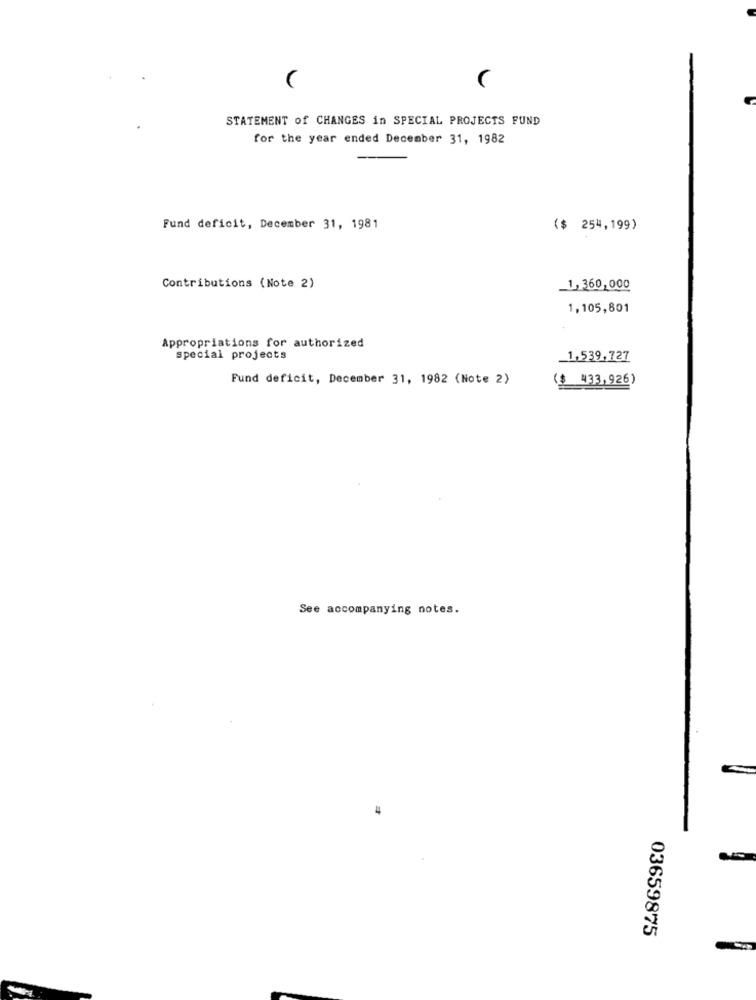
STATEMENT of CHANGES in SPECIAL PROJECTS FUND
for the year ended December 31, 1982
Fund deficit, December 31, 1981
($ 254,199)
Contributions (Note 2)
-1, 360,000
1,105,801
Appropriations for authorized
special projects
1,539,727
Fund deficit, December 31, 1982 (Note 2)
($ 433,926)
See accompanying notes.
03659875